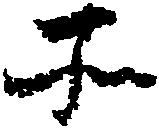
所